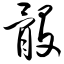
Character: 骰